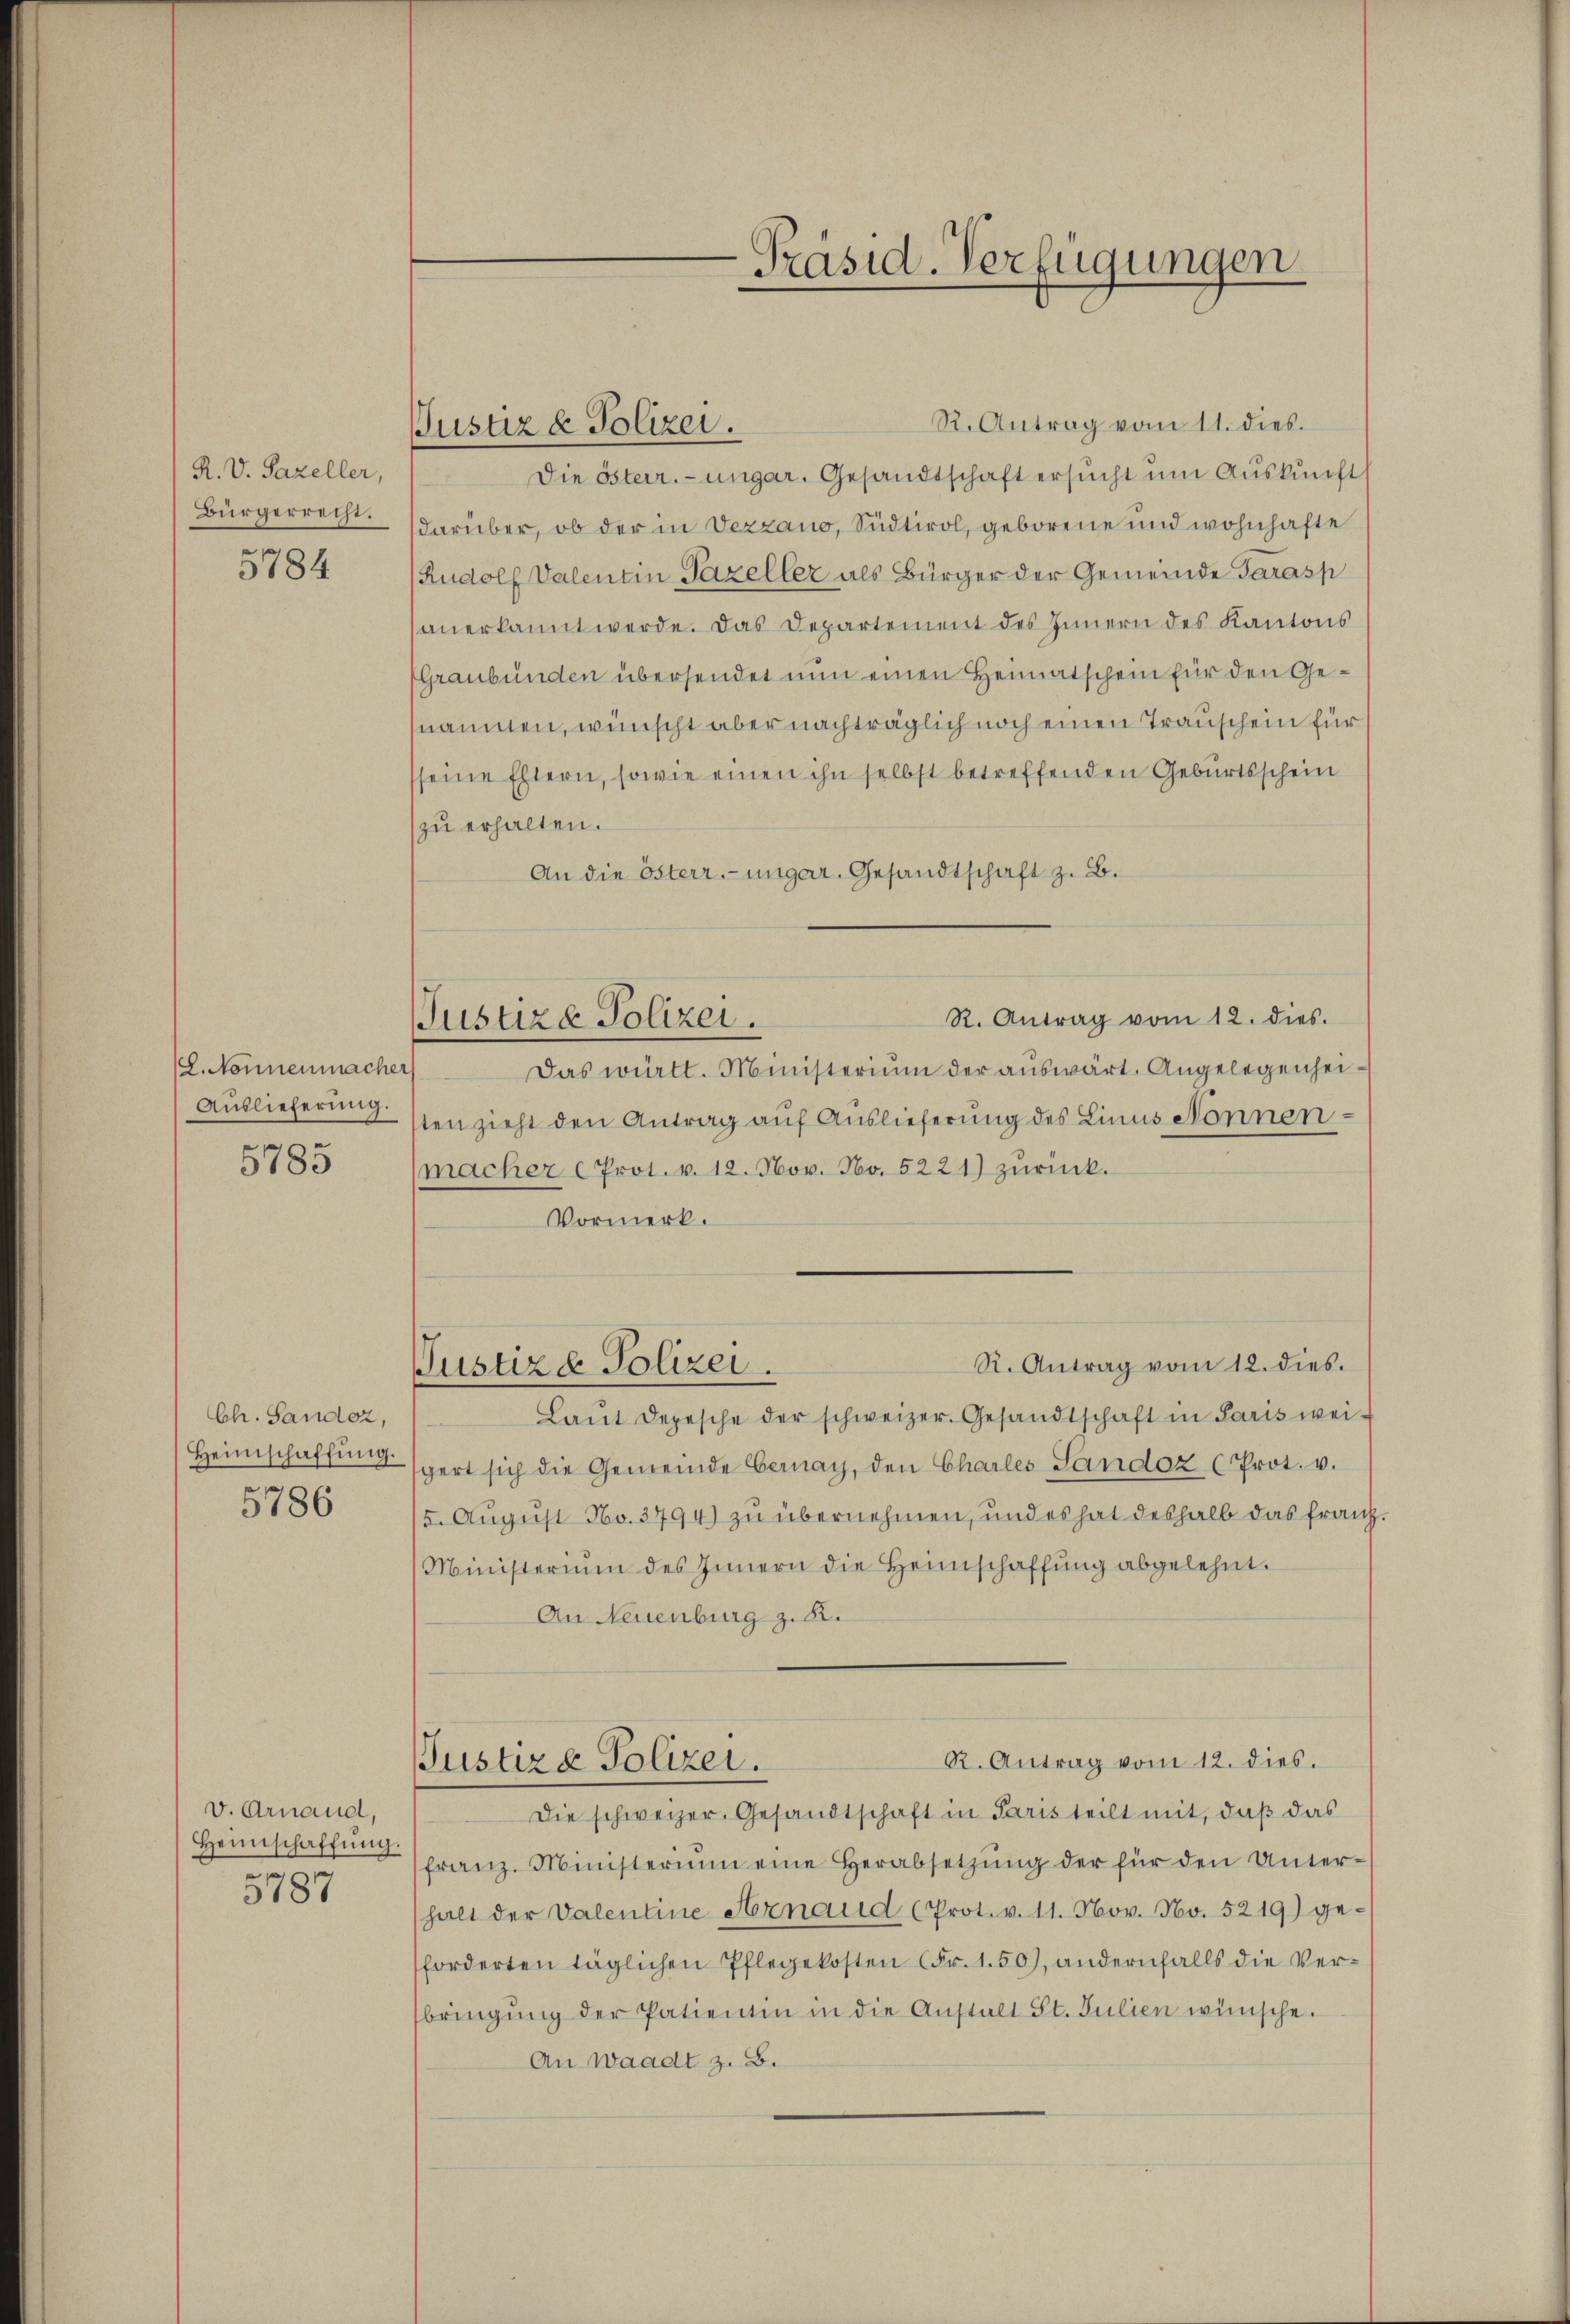
R. V. Sazeller,
Bürgerrecht.

5784

(L. Nonnenmacher
Auslieferung.

5785

Ch. Sandoz,
Heimschaffŭng.

5786

v. Arnaud,
Heimschaffŭng.
5787

Justiz & Polizei.

Justize Polizei.

R. Antrag vom 11. dies.
Die österr.-ungar. Gesandtschaft ersucht um Auskunft
darüber, ob der in Vezzano, Südtirol, geborene und wohnhafte
Rudolf Valentin Pazeller als Bürger der Gemeinde Tarasp
anerkannt werde. Das Departement des Innern des Kantons
(Graubünden übersendet nun einen Heimatschein für den Genannten, wünscht aber nachträglich noch einen Trauschein für
seine Eltern, sowie einen ihn selbst betreffenden Geburtsschein
zu erhalten.
An die österr.-ungar. Gesandtschaft z. B.
R. Antrag vom 12. dies.
Das württ. Ministerium der aŭswärt. Angelegenheisten zieht den Antrag auf Auslieferung des Linus Nonnenmacher (Prot. v. 12. Nov. No. 5221) zŭrück.
Vormerk.
R. Antrag vom 12. dies.
Justiz- Polizei.
Laŭt Depesche der schweizer. Gesandtschaft in Paris weigert sich die Gemeinde Geray, den Charles Landoz (Prot. v.
15. August No. 3794) zu übernehmen, und es hat deshalb das franz
Ministerium des Innern die Heimschaffŭng abgelehnt.
An Neuenburg z. B.
R. Antrag vom 12. dies.
Justiz & Polizei.
Die schweizer Gesandtschaft in Paris teilt mit, daß das
franz. Ministerium eine Herabsetzŭng der für den Unter-
halt der Valentine Arnaud (Prot. v. 11. Nov. No. 5219) geforderten täglichen Pflegekosten (Fr. 1.50), andernfalls die Verbringŭng der Patientin in die Anstalt St. Julien wünsche.
An Waadt z. B.

Präsid-Verfügungen